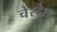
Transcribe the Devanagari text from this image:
चेरदेश